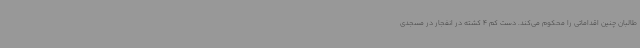
طالبان چنین اقداماتی را محکوم می‌کند. دست کم 4 کشته در انفجار در مسجدی